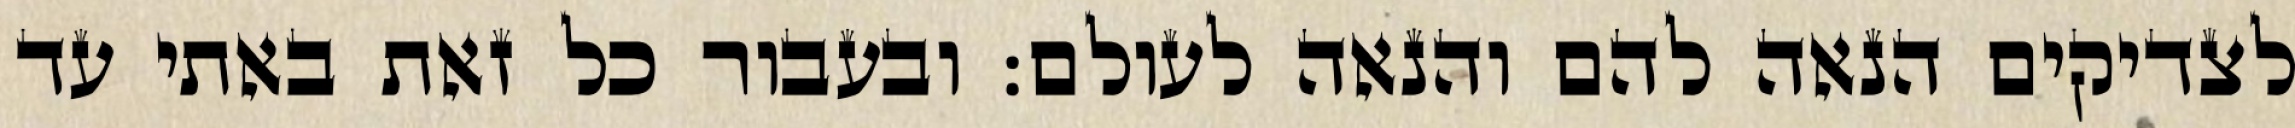
לצדיקים הנאה להם והנאה לעולם: ובעבור כל זאת באתי עד